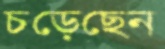
চড়েছেন